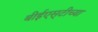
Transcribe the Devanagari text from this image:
बीईएस्‌टीच्या